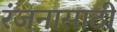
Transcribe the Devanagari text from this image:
रंजनासाठी